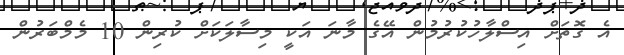
އެ ގޮތަށް އިސްލާހުކުރުމުން އޭގެ މާނަ އަކީ މިސާލަކަށް ކުރިން 10 މެމްބަރުން